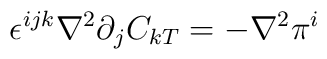
\epsilon^{ijk} \nabla^2 \partial_j C_{kT}= -\nabla^2 \pi^i